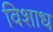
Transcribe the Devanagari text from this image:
विशाध